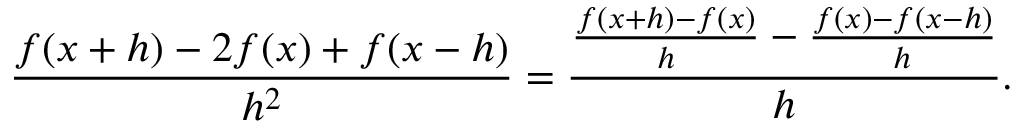
{ \frac { f ( x + h ) - 2 f ( x ) + f ( x - h ) } { h ^ { 2 } } } = { \frac { { \frac { f ( x + h ) - f ( x ) } { h } } - { \frac { f ( x ) - f ( x - h ) } { h } } } { h } } .